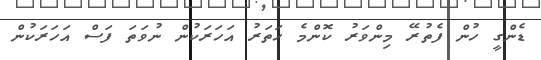
ޑެންގީ ހުން ފެތުރޭ މިންވަރު ކޮންމެ ހަތަރު އަހަރަކުން ނުވަތަ ފަސް އަހަރަކުން